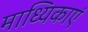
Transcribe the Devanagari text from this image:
माध्यिकाएं